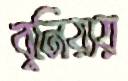
বুনিয়ায়